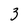
Character: 3